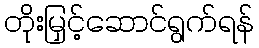
တိုးမြှင့်ဆောင်ရွက်ရန်